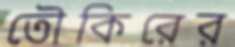
তৌকিরের